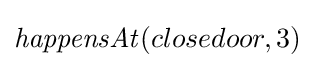
{\mathit {happensAt}}(closedoor,3)